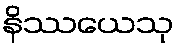
နိဿယေသု